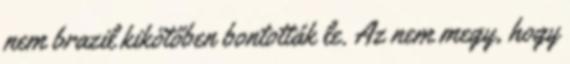
nem brazil kikötőben bontották le. Az nem megy, hogy